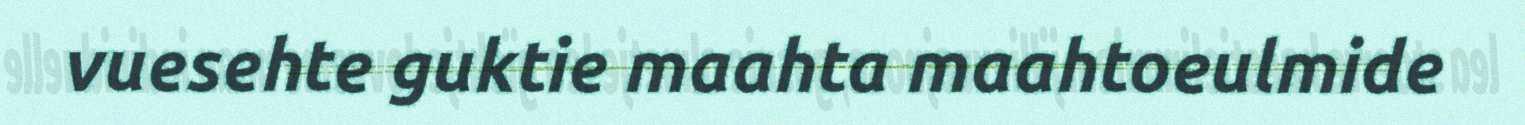
vuesehte guktie maahta maahtoeulmide